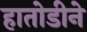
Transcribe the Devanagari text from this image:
हातोडीने